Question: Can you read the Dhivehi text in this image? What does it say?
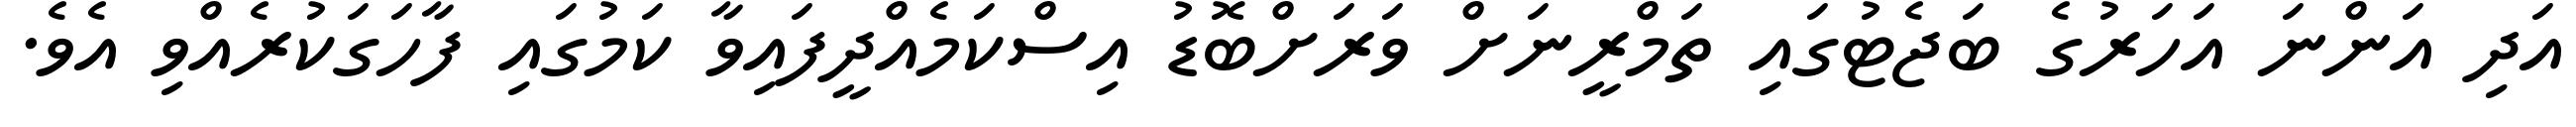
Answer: އަދި އަންނަ އަހަރުގެ ބަޖެޓުގައި ތަމްރީނަށް ވަރަށްބޮޑު އިސްކަމެއްދީފައިވާ ކަމުގައި ފާހަގަކުރެއްވި އެވެ.